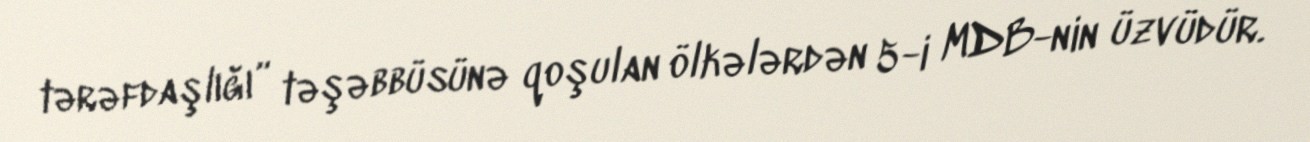
tərəfdaşlığı” təşəbbüsünə qoşulan ölkələrdən 5-i MDB-nin üzvüdür.